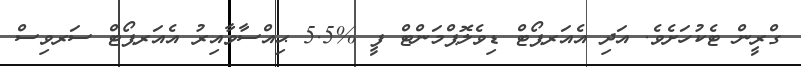
ގްރީން ޓެކުހަށެވެ. އަދި އެއަރޕޯޓް ޑިވެލޮޕްމަންޓް ފީ %5.5 ޙިއްސާވާއިރު އެއަރޕޯޓް ސަރވިސް